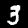
Digit: 3